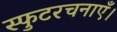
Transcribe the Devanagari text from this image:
स्फुटरचनाएँ।